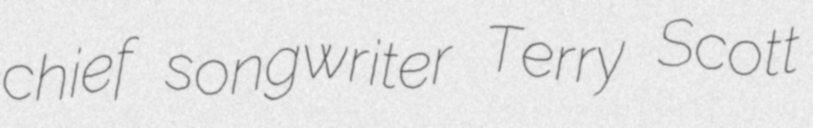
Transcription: chief songwriter Terry Scott